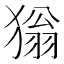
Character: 㺋